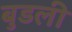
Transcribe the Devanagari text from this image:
बुडली